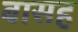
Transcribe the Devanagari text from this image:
बासह